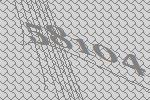
58104